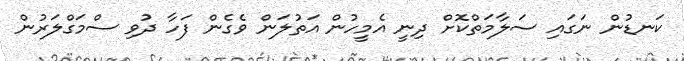
ކަނޑުން ނަގައި ސަލާމަތްކޮށް ދިނީ އެމީހުން އަތުލަން ވެގެން ފަހާ ދުވި ސްމަގްލަރުން